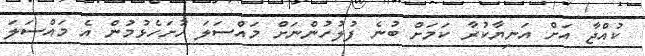
ކުއްޖާ އަށް އަނިޔާކުރާ ކަމަށް ބުނެ ފުލުހުންނަށް މައްސަލަ ހުށަހެޅުމުން އެ މައްސަލަ